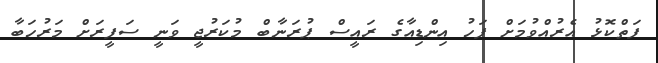
ފަތްކޮޅު އެރުއްވުމަށް ފަހު އިންޑިއާގެ ރައީސް ޕުރަނާބް މުކަރުޖީ ވަނީ ސަފީރަށް މަރުހަބާ